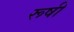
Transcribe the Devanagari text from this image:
रूषी